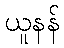
ယူနန်